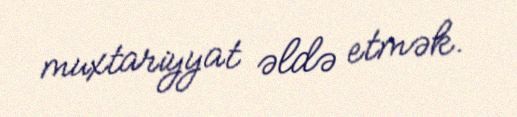
muxtariyyat əldə etmək.